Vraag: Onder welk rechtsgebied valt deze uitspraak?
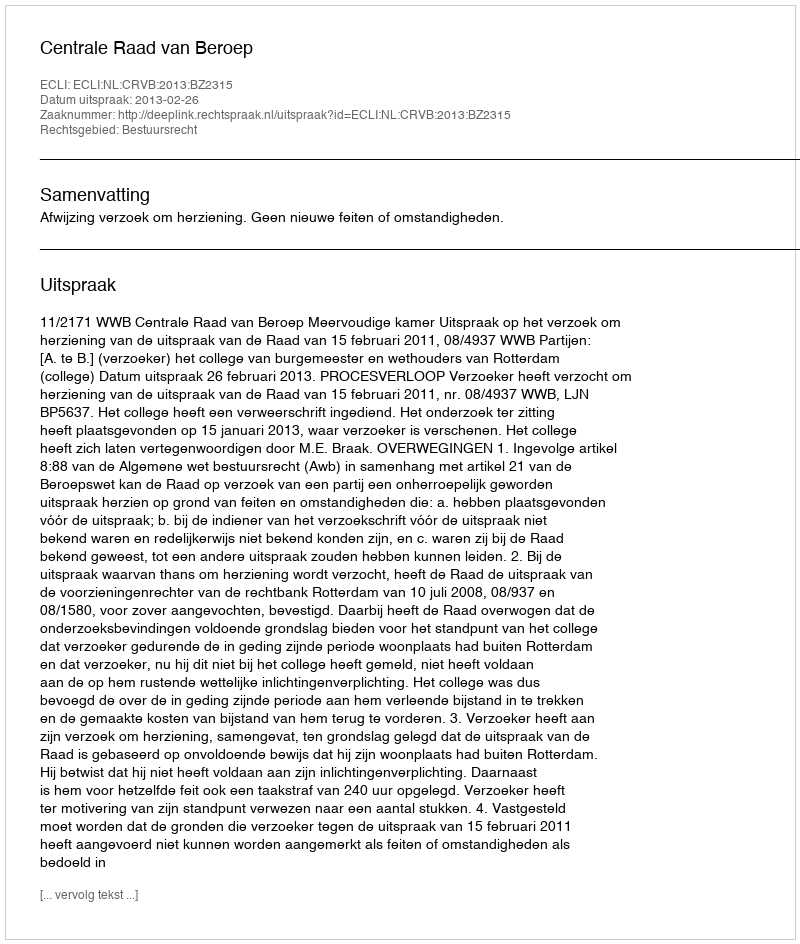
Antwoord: Bestuursrecht